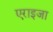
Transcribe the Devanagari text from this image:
एराइजा